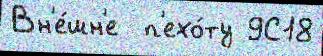
Вн'е́шн'е  п'ехо́ту 9С18